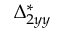
\Delta _ { 2 y y } ^ { * }